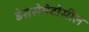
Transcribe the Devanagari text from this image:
डेससेमेटोसील